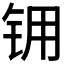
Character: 𮸂